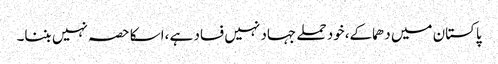
پاکستان میں دھماکے،خود حملے جہاد نہیں فساد ہے ،اسکا حصہ نہیں بننا۔